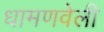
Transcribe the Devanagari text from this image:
धामणवेली